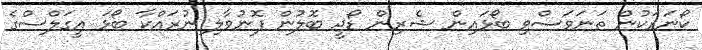
ކޯނަރަކުން ތަނަވަސްވި ބޯޅައިން ޝެރިން ޑޯޖީ ބޮލުން ފޮނުވާލި ނުރައްކާ ބޯޅަ އީގަލްސްގެ